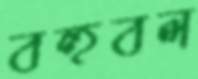
বহুবল